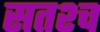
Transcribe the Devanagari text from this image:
सतश्च